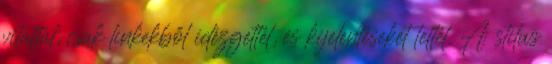
vitattál, csak linkekből idézgettél, és kijelentéseket tettél. A stilus